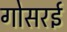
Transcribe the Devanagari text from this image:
गोसरई